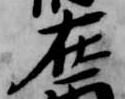
在